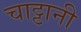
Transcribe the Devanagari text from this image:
चाट्टानी